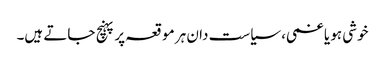
خوشی ہو یا غمی، سیاست دان ہر موقعہ پر پہنچ جاتے ہیں۔